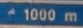
^1000 m